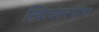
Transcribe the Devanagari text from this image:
स्थित्यंतरयांचा